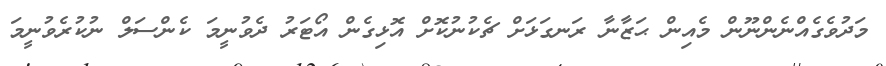
މަދުވެގެއްނެންނޫން މެއިން ޙަޒާނާ ރަނގަޅަށް ޗެކުނުކޮށް އޮޅިގެން އޯޓަރު ދެވުނީމަ ކެންސަލް ނުކުރެވުނީމަ